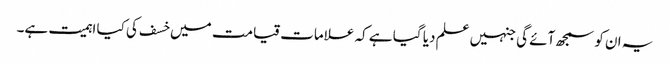
یہ ان کو سمجھ آئے گی جنہیں علم دیا گیا ہے کہ علامات قیامت میں خسف کی کیا اہمیت ہے۔